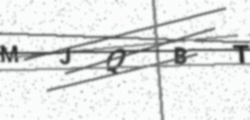
Text: MJQBT